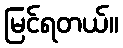
မြင်ရတယ်။